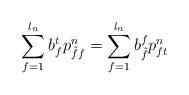
LaTeX: \begin{align*}\displaystyle\sum\limits_{f=1}^{l_n}b^{t}_{f}p^{n}_{\tilde{f}f}=\sum\limits_{f=1}^{l_n}b^{f}_{\tilde{f}}p^{n}_{ft}\end{align*}